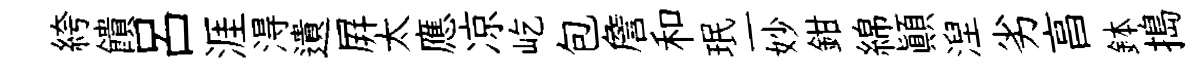
絝饋呂涯淂遺屛太應凉屹包詹和珉一妙鉗綿顛湼劣亯鉢搗